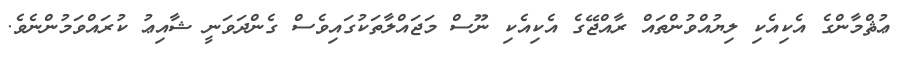
ޢުޘްމާންގެ އެކިއެކި ލިޔުއްވުންތައް ރާއްޖޭގެ އެކިއެކި ނޫސް މަޖައްލާތަކުގައިވެސް ގެންދަވަނީ ޝާއިޢު ކުރައްވަމުންނެވެ.